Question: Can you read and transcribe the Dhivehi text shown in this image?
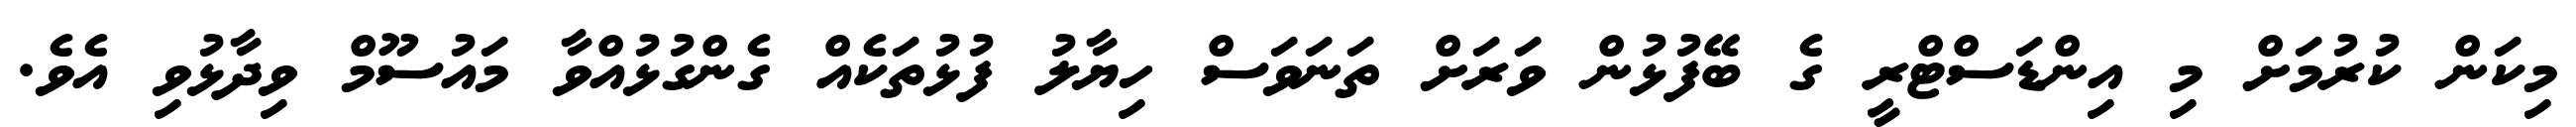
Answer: މިކަން ކުރުމަށް މި އިންޑަސްޓްރީ ގެ ބޭފުޅުން ވަރަށް ތަނަވަސް ހިޔާލު ފުޅުތަކެއް ގެންގުޅުއްވާ މައުސޫމް ވިދާޅުވި އެވެ.